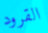
القرود